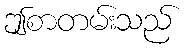
ဤစာတမ်းသည်